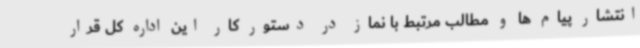
انتشار پیام ها و مطالب مرتبط با نماز در دستور کار این اداره کل قرار